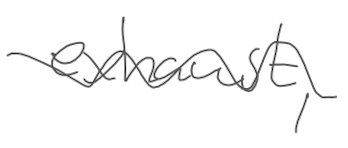
Text: exhaust,
Cross-out: wave
Writing tool: digital_gray